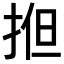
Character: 𢭱